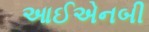
આઈએનબી